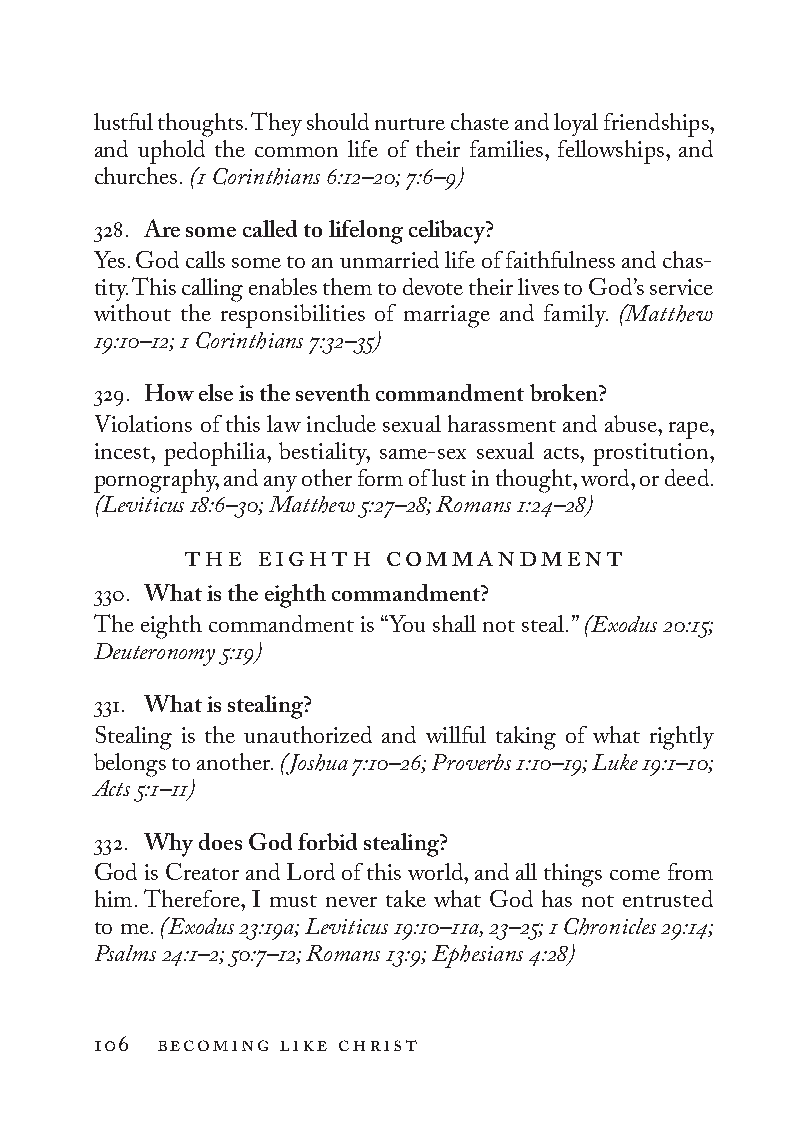
lustful thoughts. They should nurture chaste and loyal friendships,
 and uphold the common life of their families, fellowships, and
 churches. (1 Co rin thi ans 6:12–20; 7:6–9)
 328. Are some called to lifelong celibacy?
 Yes. God calls some to an unmarried life of faithfulness and chas-
 tity. This calling enables them to devote their lives to God’s service
 without the responsibilities of marriage and family. (Matthew
 19:10–12; 1 Co rin thi ans 7:32–35)
 329. How else is the seventh commandment broken?
 Violations of this law include sexual harassment and abuse, rape,
 incest, pedophilia, bestiality, same-sex sexual acts, prostitution,
 pornography, and any other form of lust in thought, word, or deed.
 (Leviticus 18:6–30; Matthew 5:27–28; Romans 1:24–28)
 the  eighth   commandment
 330. What is the eighth commandment?
 The eighth commandment is “You shall not steal.” (Exodus 20:15;
 Deuteronomy 5:19)
 331. What is stealing?
 Stealing is the unauthorized and willful taking of what rightly
 belongs to another. (Joshua 7:10–26; Proverbs 1:10–19; Luke 19:1–10;
 Acts 5:1–11)
 332. Why does God forbid stealing?
 God is Creator and Lord of this world, and all things come from
 him. Therefore, I must never take what God has not entrusted
 to me. (Exodus 23:19a; Leviticus 19:10–11a, 23–25; 1 Chronicles 29:14;
 Psalms 24:1–2; 50:7–12; Romans 13:9; Ephesians 4:28)
 106 becoming like christ
 To be a Christian.566776.int.indd 106       11/13/19 1:31 PM